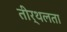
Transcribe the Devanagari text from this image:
तीर्थलता